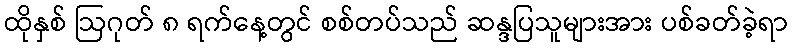
ထိုနှစ် ဩဂုတ် ၈ ရက်နေ့တွင် စစ်တပ်သည် ဆန္ဒပြသူများအား ပစ်ခတ်ခဲ့ရာ